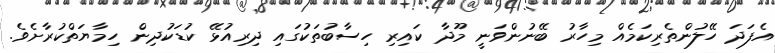
އެފަދަ ހޭލުންތެރިކަމެއް މިހާރު ބޭނުންވަނީ މޫދާ ކައިރި ހިސާބުތަކުގައި ދިރިއުޅޭ ކުޑަކުދިން ހިމާޔަތްކުރާށެވެ.